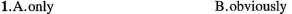
1.A.Only B.obviously